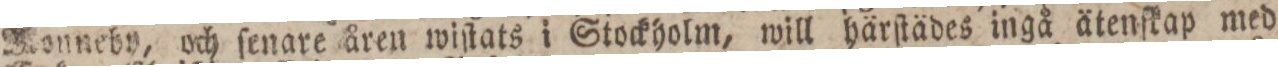
Monneby, och ſenare åren wiſtats i Stockholm, will härſtädes ingå ätenſkap med